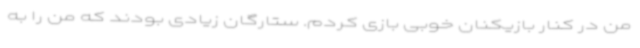
من در کنار بازیکنان خوبی بازی کردم. ستارگان زیادی بودند که من را به